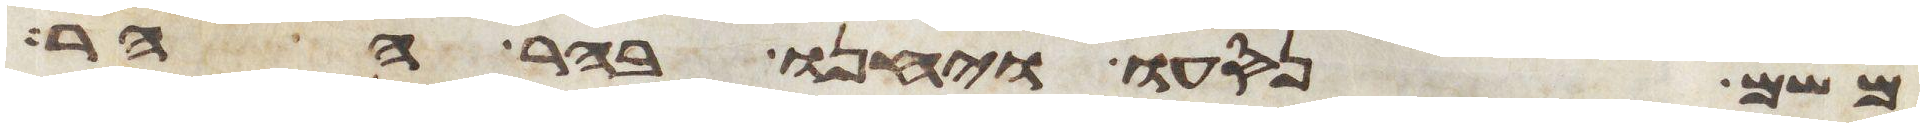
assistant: משם נסעו ויחנו בהר ההר